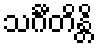
သင်္ဂီတိန္တိ